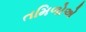
તમિળોએ